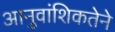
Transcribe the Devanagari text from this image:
आनुवांशिकतेने